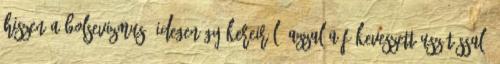
hiszen a bolsevizmus „idegen gyökereiről” azzal a fékeveszett uszítással,